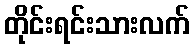
တိုင်းရင်းသားလက်